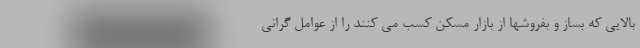
بالایی که بساز و بفروشها از بازار مسکن کسب می کنند را از عوامل گرانی